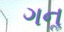
ગનૢ